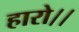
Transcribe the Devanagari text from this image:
हारो।।